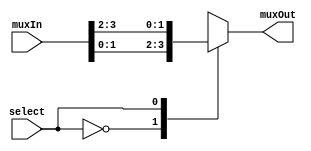
module refMux_2x1_2bit(output reg[1:0] muxOut, input [3:0] muxIn, input select);

	always @(muxIn or select)
	begin
		case(select)
			1'b0 : muxOut=muxIn[1:0];
			1'b1 : muxOut=muxIn[3:2];
		endcase

	end

endmodule